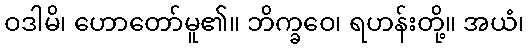
ဝဒါမိ၊ ဟောတော်မူ၏။ ဘိက္ခဝေ၊ ရဟန်းတို့။ အယံ၊